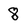
Character: 8